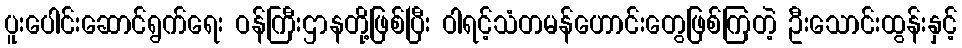
ပူးပေါင်းဆောင်ရွက်ရေး ဝန်ကြီးဌာနတို့ဖြစ်ပြီး ဝါရင့်သံတမန်ဟောင်းတွေဖြစ်ကြတဲ့ ဦးသောင်းထွန်းနှင့်